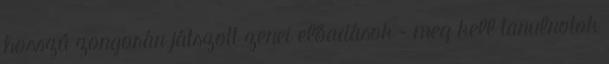
hosszú zongorán játszott zenei előadások – meg kell tanulnotok